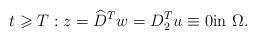
LaTeX: \begin{align*} t \geqslant T:z= \widehat D^Tw =D_2^Tu\equiv 0\hbox{in } \Omega. \end{align*}